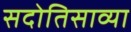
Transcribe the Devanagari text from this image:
सदोतिसाव्या